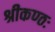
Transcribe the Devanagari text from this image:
श्रीकण्ठः